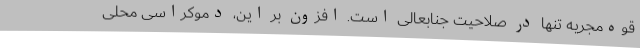
قوه‌مجریه تنها در صلاحیت جنابعالی است. افزون بر این، دموکراسی محلی